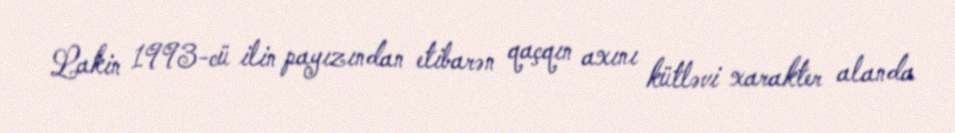
Lakin 1993-cü ilin payızından etibarən qaçqın axını kütləvi xarakter alanda